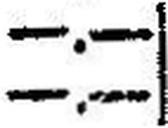
—.—